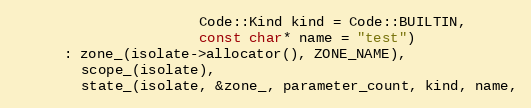
Language: C
                      Code::Kind kind = Code::BUILTIN,
                      const char* name = "test")
      : zone_(isolate->allocator(), ZONE_NAME),
        scope_(isolate),
        state_(isolate, &zone_, parameter_count, kind, name,